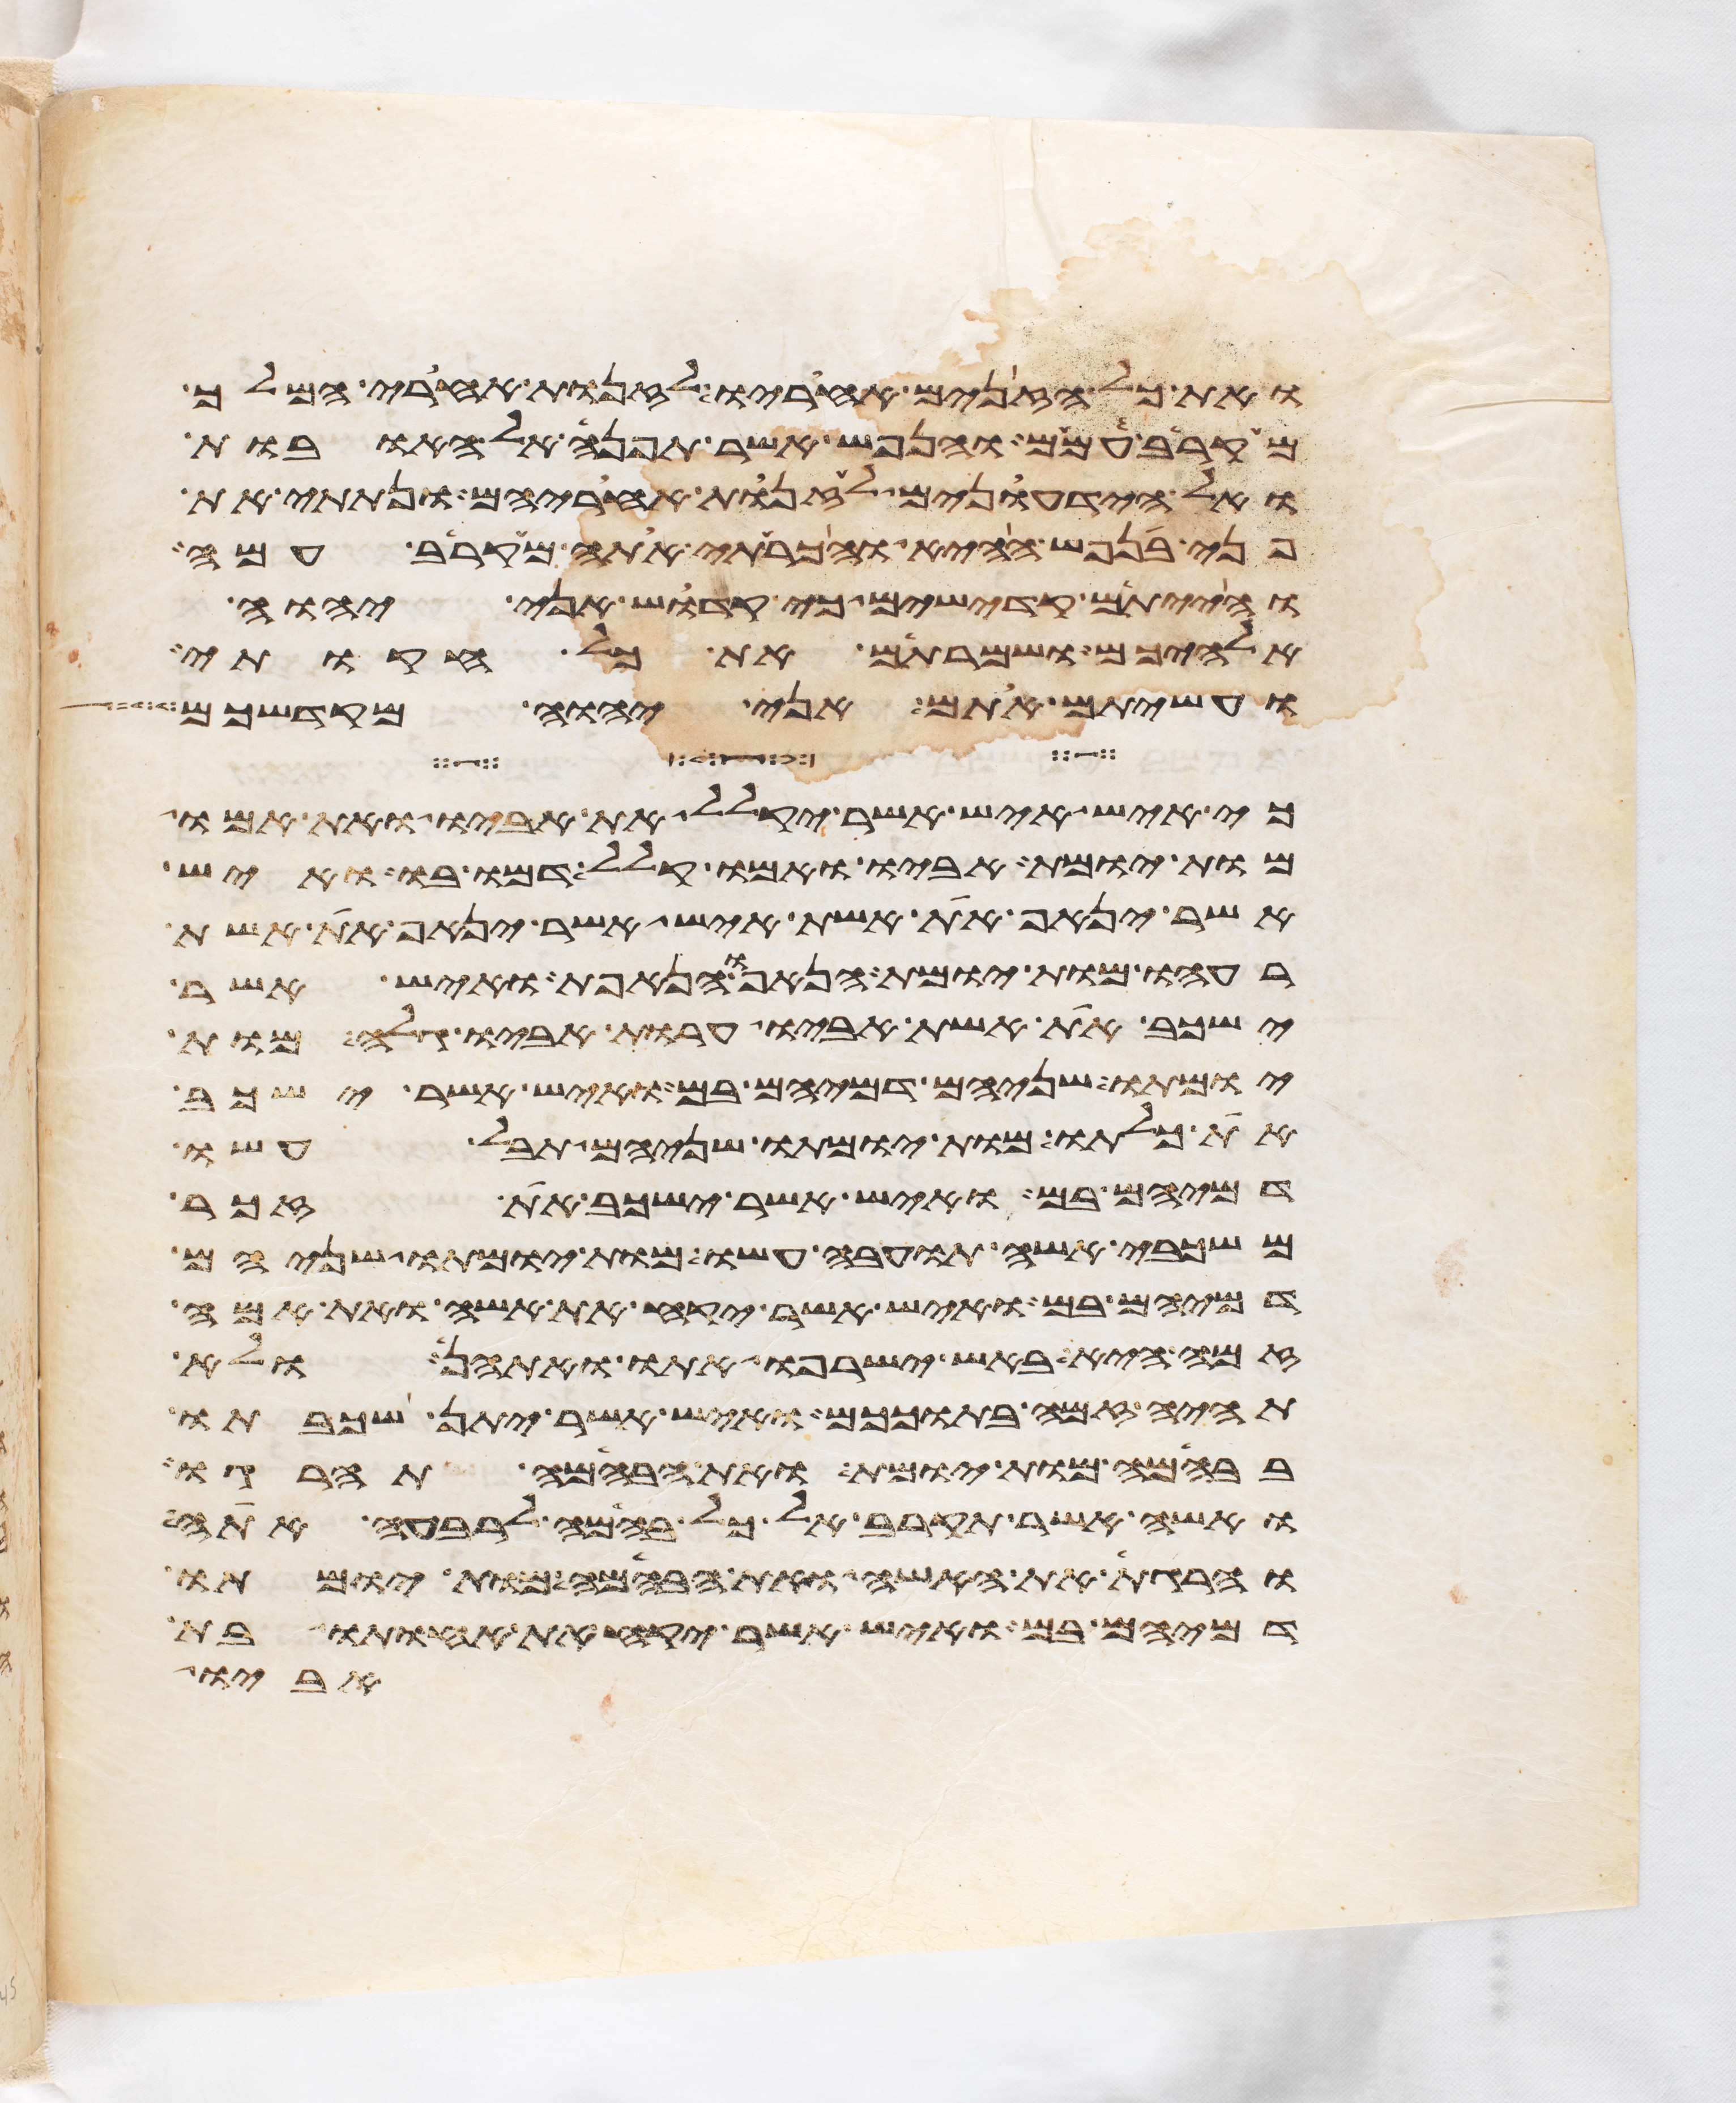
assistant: ואת כל הזנים אחריו לזנות אחרי המלך
מקרב עמם והנפש אשר תפנה אל האובות
ואל הידעונים לזנות אחריהם ונתתי את
פני בנפש ההיא והכרתי אתה מקרב עמה
והייתם קדישים כי קדוש אני יהוה
אלהיכם ושמרתם את כל חקותי
ועשיתם אתם אני יהוה מקדשכם
כי איש איש אשר יקלל את אביו ואת אמו
מות יומת אביו ואמו קלל דמו בו ואיש
אשר ינאף את אשת איש אשר ינאף את אשת
רעהו מות יומת הנאף והנאפת ואיש אשר
ישכב את אשת אביו ערות אביו גלה מות
יומתו שניהם דמיהם בם ואיש אשר ישכב
את כלתו מות יומתו שניהם תבל עשו
דמיהם בם ואיש אשר ישכב את זכר
משכבי אשה תועבה עשו מות יומתו שניהם
דמיהם בם ואיש אשר יקח את אשה ואת אמה
זמה היא באש ישרפו אתו ואתהן ולא
תהיה זמה בתוככם ואיש אשר יתן שכבתו
בבהמה מות יומת ואת הבהמה תהרגו
ואשה אשר תקרב אל כל בהמה לרבעה אתה
והרגת את האשה ואת הבהמה מות יומתו
דמיהם בם ואיש אשר יקח את אחותו בת
אביו